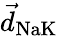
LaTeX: \vec{d}_{\textrm{NaK}}